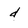
Character: d